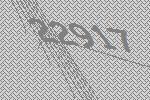
22917